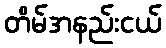
တိမ်အနည်းငယ်